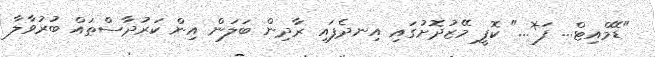
"ޑޭމްއިޓް... ފަ*..." ކޮފީ މޭޒުދޮށުގައި އިނދެފައި ރާދިން ބަލަން އިން ކަރުދާސްތައް ބުރުވާލާ